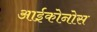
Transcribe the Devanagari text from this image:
आईकोनोस